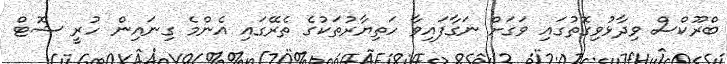
ބްރޫކްސް ވިދާޅުވިގޮތުގައި ވަގަށް ނަގާފައިވާ ހަތިޔާރުތަކުގެ ތެރޭގައި އެންމެ ގިނައިން ހުރީ ޝޮޓް